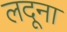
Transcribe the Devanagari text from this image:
लदूना